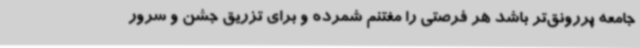
جامعه پررونق‌تر باشد هر فرصتی را مغتنم شمرده و برای تزریق جشن و سرور